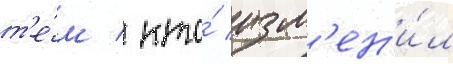
т'е́м / кто́ изм'ен'и́л